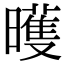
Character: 㬦